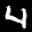
Label: 4